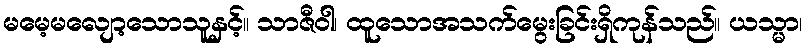
မမေ့မလျော့သောသူနှင့်။ သာဇီဝါ၊ ထူသောအသက်မွေးခြင်းရှိကုန်သည်။ ယသ္မာ၊